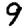
Digit: 9